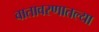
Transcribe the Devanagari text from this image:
वातावरणातल्या